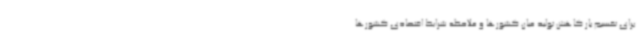
برای تقسیم بار کاهش تولید میان کشورها و ملاحظه شرایط اقتصادی کشورها